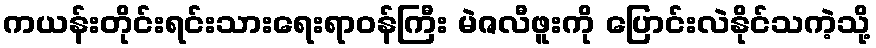
ကယန်းတိုင်းရင်းသားရေးရာဝန်ကြီး မဲဇလီဖူးကို ပြောင်းလဲနိုင်သကဲ့သို့